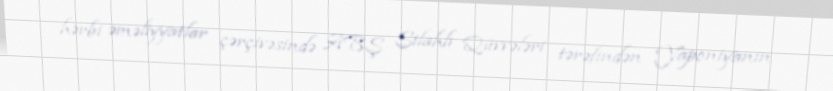
hərbi əməliyyatlar çərçivəsində ABŞ Silahlı Qüvvələri tərəfindən Yaponiyanın